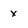
Character: x